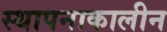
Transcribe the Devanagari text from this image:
स्थापनाकालीन